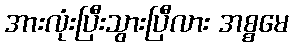
အားလုံးပြီးသွားပြီလား အစ္စမေ